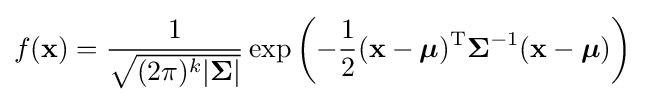
f(\mathbf {x} )={\frac {1}{\sqrt {(2\pi )^{k}|{\boldsymbol {\Sigma }}|}}}\exp \left(-{1 \over 2}(\mathbf {x} -{\boldsymbol {\mu }})^{\rm {T}}{\boldsymbol {\Sigma }}^{-1}({\mathbf {x} }-{\boldsymbol {\mu }})\right)